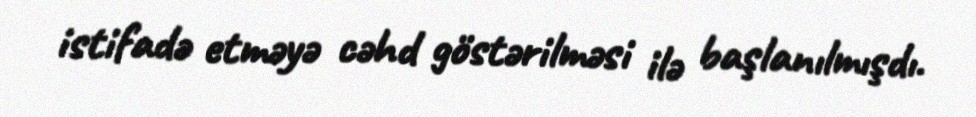
istifadə etməyə cəhd göstərilməsi ilə başlanılmışdı.